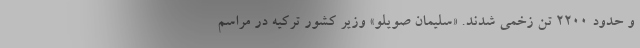
و حدود ۲۲۰۰ تن زخمی شدند. «سلیمان صویلو» وزیر کشور ترکیه در مراسم